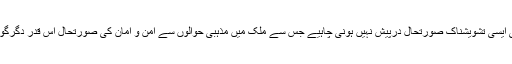
اس لحاظ سے دیکھا جائے تو پاکستان کو مذہبی حوالہ سے کوئی ایسی تشویشناک صورتحال درپیش نہیں ہونی چاہیے جس سے ملک میں مذہبی حوالوں سے امن و امان کی صورتحال اس قدر دگرگوں ہو جو عالمی سطح پر ملک کے لئے شرمندگی کا باعث بنے۔